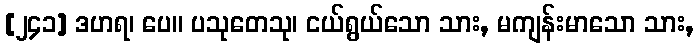
[၂၄၁] ဒဟရ၊ ပေ။ ပသုတေသု၊ ငယ်ရွယ်သော သား, မကျန်းမာသော သား,